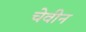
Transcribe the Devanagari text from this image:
चेवीन